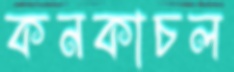
কনকাচল